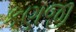
કણજી